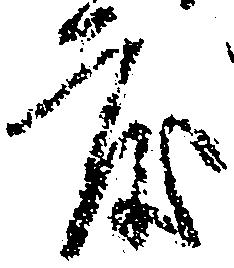
度